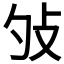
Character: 𢻭